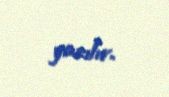
yazılır.